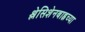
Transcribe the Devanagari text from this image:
श्लेसिशेनबाह्नच्या